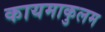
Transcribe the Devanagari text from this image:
कायमाकुलम